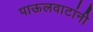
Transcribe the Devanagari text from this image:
पाऊलवाटांनी